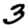
Digit: 3